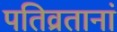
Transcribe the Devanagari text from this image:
पतिव्रतानां